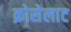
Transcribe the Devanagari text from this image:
क्रोसेलाट